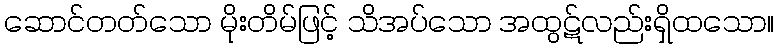
ဆောင်တတ်သော မိုးတိမ်ဖြင့် သိအပ်သော အထွဋ်လည်းရှိထသော။